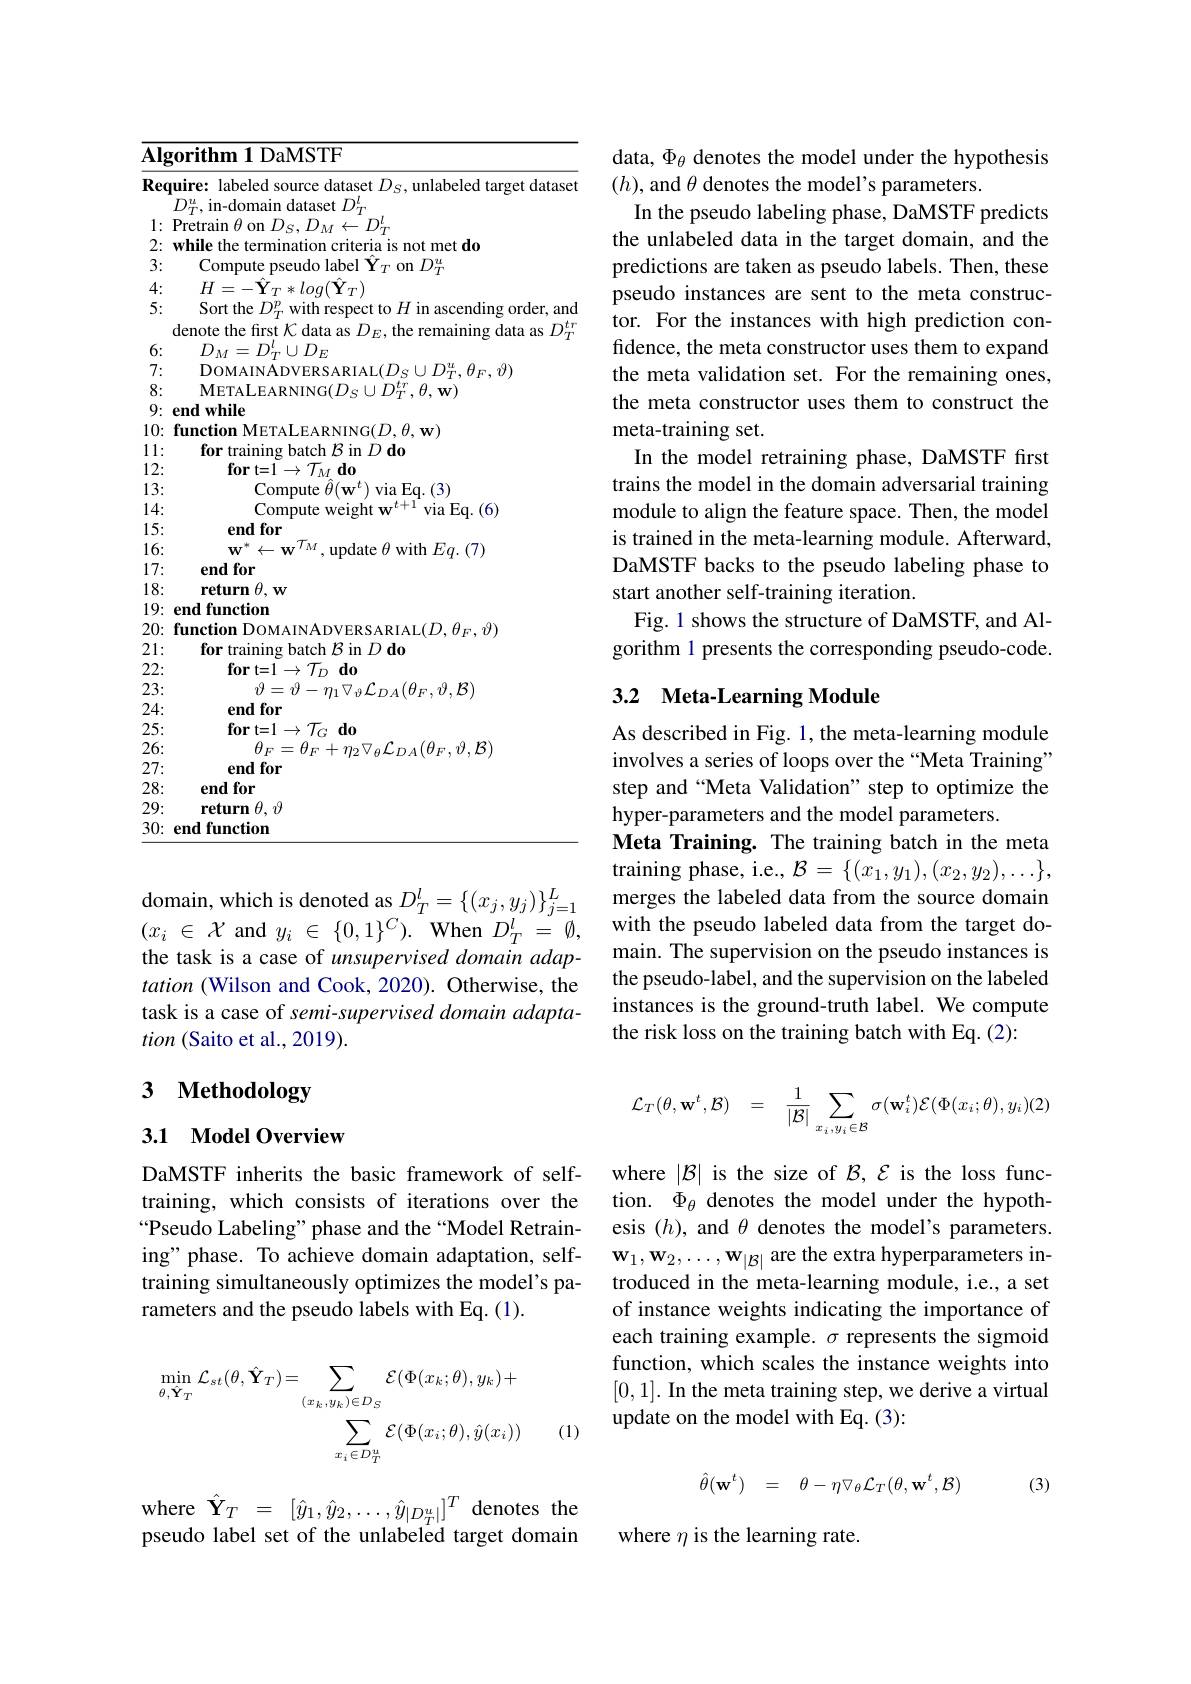
$\overline{\textbf{Algorithm 1 DaMSTF}}$
Require: labeled source dataset $D_S$, unlabeled target dataset
$D_{T}^{u}$,in-domain dataset $D_T^{l}$
1: Pretrain $\theta$ on $D_S,D_M\leftarrow D_T^l$
2: while the termination criteria is not met do
3:
Compute pseudo label $\hat{\mathbf{Y}}_T$ on $D_T^u$
4:
$H=-\hat{\mathbf{Y}}_{T}*log(\hat{\mathbf{Y}}_{T})$
5:
Sort the $D_T^p$ with respect to $H$ in ascending order, and denote the first $\mathcal{K}$ data as $D_E$,the remaining data as $D_T^{tr}$
6:
$D_{M}=D_{T}^{l}\cup D_{E}$
7:
$\vec{\text{DOMAINADVERSARIAL}}(D_{S}\cup D_{T}^{u},\theta_{F},\vartheta)$
8:
METALEARNING$( D_{S}\cup D_{T}^{tr}, \theta , \mathbf{w} )$
9: end while
11:
for training batch $\mathcal{B}$ in $D\textbf{do}$
12:
$\mathbf{for}$t=1$\rightarrow\mathcal{T}_M\mathbf{do}$
13:
${\mathrm{Compute~}\hat{\theta}}(\mathbf{w}^{t})$ via Eq. (3)
14:
Compute weight $w^{t+ 1}$via Eq. ( 6)
15:
end for
$\mathbf{w}^{*}\leftarrow\mathbf{w}^{\mathcal{T}_{M}}$,update $\theta$ with $Eq.(7)$
16: 17:
end for
18:
return $\theta$, w
19: end functiom
$20: \textbf{function DOMAINADVERSARIAL}( D, \theta _{F}, \vartheta )$
21:
for training batch $\mathcal{B}$ in $D\textbf{do}$
22:
$\mathbf{fort= 1}\to \mathcal{T} _{D}$ $\mathbf{do}$
23:
$\vartheta=\vartheta-\eta_{1}\bigtriangledown_{\vartheta}\mathcal{L}_{DA}(\theta_{F},\vartheta,\mathcal{B})$
24:
end for
25:
$\mathbf{fort= 1}\to \mathcal{T} _{G}$ $\mathbf{do}$
26:
$\theta_{F}=\theta_{F}+\eta_{2}\nabla_{\theta}\mathcal{L}_{DA}(\theta_{F},\vartheta,\mathcal{B})$
27:
end for
end for
28: 29:
return $\theta,\vartheta$ 30: end function

domain, which is denoted as $D_T^l=\{(x_j,y_j)\}_{j=1}^L$ $(x_{i}\in\mathcal{X}$ and $y_i\in\{0,1\}^C).$ When $D_T^l=\emptyset$, the task is a case of unsupervised domain adaptation (Wilson and Cook, 2020). Otherwise, the task is a case of semi-supervised domain adaptation (Saito et al., 2019).

# 3 Methodology

## 3.1 Model Overview

DaMSTF inherits the basic framework of selftraining, which consists of iterations over the $“$Pseudo Labeling" phase and the“Model Retraining" phase. To achieve domain adaptation, selftraining simultaneously optimizes the model's parameters and the pseudo labels with Eq. (1).
$$\operatorname*{min}_{\theta,\hat{\mathbf{Y}}_{T}}\mathcal{L}_{st}(\theta,\hat{\mathbf{Y}}_{T})=\sum_{(x_{k},y_{k})\in D_{S}}\mathcal{E}(\Phi(x_{k};\theta),y_{k})+\\\sum_{x_{i}\in D_{T}^{u}}\mathcal{E}(\Phi(x_{i};\theta),\hat{y}(x_{i}))$$
(1)

where$\hat{\mathbf{Y}}_T=[\hat{y}_1,\hat{y}_2,\ldots,\hat{y}_{|D_T^u|}]^T$denotes the pseudo label set of the unlabeled target domain

data, $\Phi_\theta$ denotes the model under the hypothesis
$(h)$,and $\theta$ denotes the model's parameters.
In the pseudo labeling phase, DaMSTF predicts the unlabeled data in the target domain, and the predictions are taken as pseudo labels. Then, these pseudo instances are sent to the meta constructor. For the instances with high prediction confidence, the meta constructor uses them to expand the meta validation set. For the remaining ones, the meta constructor uses them to construct the meta-training set.
In the model retraining phase, DaMSTF first trains the model in the domain adversarial training module to align the feature space. Then, the model is trained in the meta-learning module. Afterward, DaMSTF backs to the pseudo labeling phase to start another self-training iteration.
Fig. 1 shows the structure of DaMSTF, and Algorithm 1 presents the corresponding pseudo-code.

# 3.2 Meta-Learning Module

As described in Fig. 1, the meta-learning module involves a series of loops over the “Meta Training” step and “Meta Validation” step to optimize the hyper-parameters and the model parameters.
Meta Training. The training batch in the meta training phase, i.e., $\mathcal{B}=\{(x_1,y_1),(x_2,y_2),\ldots\}$, merges the labeled data from the source domain with the pseudo labeled data from the target domain. The supervision on the pseudo instances is the pseudo-label, and the supervision on the labeled instances is the ground-truth label. We compute the risk loss on the training batch with Eq. (2):
$$\begin{array}{rcl}\mathcal{L}_T(\theta,\mathbf{w}^t,\mathcal{B})&=&\displaystyle\frac{1}{|\mathcal{B}|}\sum_{x_i,y_i\in\mathcal{B}}\sigma(\mathbf{w}_i^t)\mathcal{E}(\Phi(x_i;\theta),y_i)(2)\end{array}$$
where $|\mathcal{B}|$ is the size of $\mathcal{B},\mathcal{E}$ is the loss function. $\Phi_\theta$ denotes the model under the hypothesis $(h)$, and $\theta$ denotes the model's parameters. $\mathbf{w}_{1},\mathbf{w}_{2},\ldots,\mathbf{w}_{|\mathcal{B}|}$ are the extra hyperparameters introduced in the meta-learning module, i.e., a set of instance weights indicating the importance of each training example. $\sigma$ represents the sigmoid function, which scales the instance weights into [0,1]. In the meta training step, we derive a virtual update on the model with Eq. (3):
$$\hat{\theta}(\mathbf{w}^t)\quad=\quad\theta-\eta\nabla_\theta\mathcal{L}_T(\theta,\mathbf{w}^t,\mathcal{B})$$
(3)

where $\eta$ is the learning rate.